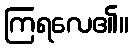
ကြရလေ၏။